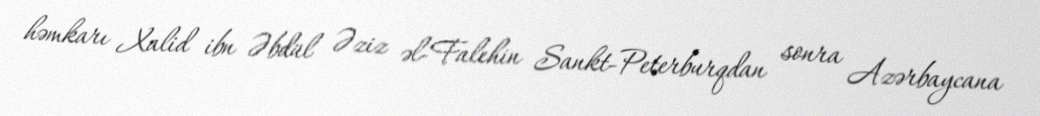
həmkarı Xalid ibn Əbdül Əziz əl-Falehin Sankt-Peterburqdan sonra Azərbaycana